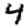
Digit: 4